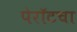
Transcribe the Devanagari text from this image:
पेरॉटचा